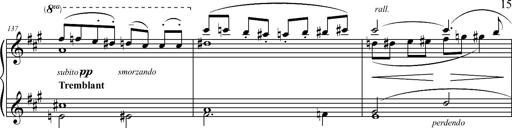
Title: 2 LÃ©gendes
Composer: Franz Liszt